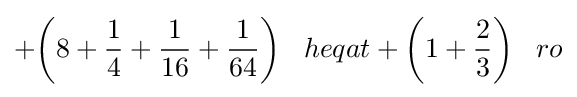
+{\bigg (}8+{\frac {1}{4}}+{\frac {1}{16}}+{\frac {1}{64}}{\bigg )}\;\;\;heqat+{\bigg (}1+{\frac {2}{3}}{\bigg )}\;\;\;ro